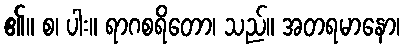
၏။ စ၊ ပါး။ ရာဂစရိတော၊ သည်။ အတရမာနော၊